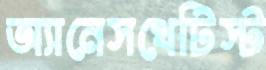
অ্যানেসথেটিস্ট